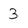
Character: 3